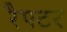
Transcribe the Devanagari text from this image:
रैपटर